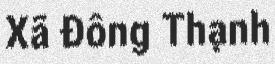
Xã Đông Thạnh